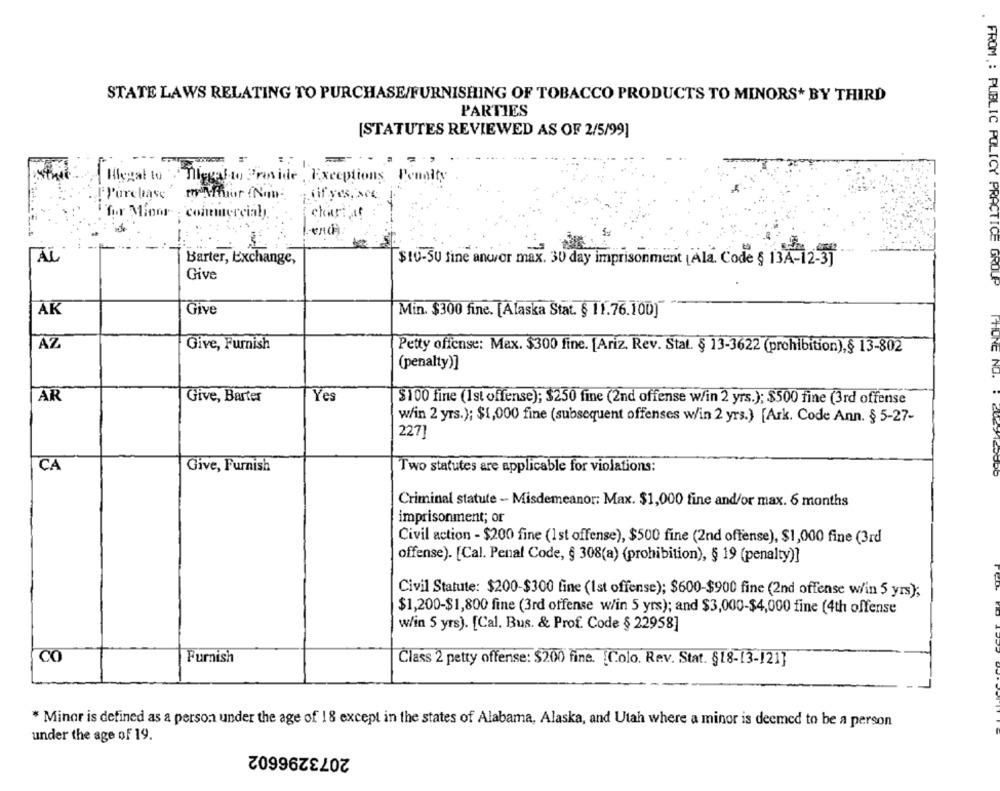
STATE LAWS RELATING TO PURCHASE/FURNISHING OF TOBACCO PRODUCTS TO MINORS* BY THIRD
PARTIES
[STATUTES REVIEWED AS OF 2/5/99]
Hlegal to Miggal to Provide , Exceptions Penalty
Purchase
for Minor ; commercialy
chartatt
AL
Barter, Exchange,
$10-50 fine ancor max. 30 day imprisonment [Ala. Code § 13A-12-3]
Give
FROM ,: PUBLIC POLICY PRACTICE GROUP
AK
Give
Min. $300 fine. [Alaska Stat. § 11.76.100]
AZ
Give, Furnish
Petty offense: Max. $300 fine. [Ariz. Rev. Stat. § 13-3622 (prohibition),§ 13-802
(penalty)]
ITIUNG NO.
Yes
AR
Give, Bartes
$100 fine (1st offense); $250 fine (2nd offense w/in 2 yrs.); $500 fine (3rd offense
w/in 2 yrs.); $1,000 fine (subsequent offenses w/in 2 yrs.) [Ark. Code Ann. § 5-27-
227]
CA
Give, Furnish
Two statutes are applicable for violations:
Criminal statute - Misdemeanor: Max. $1,000 fine and/or max. 6 months
imprisonment; or
Civil action - $200 fine (1st offense), $500 fine (2nd offense), $1,000 fine (3rd
offense). [Cal. Penal Code, § 308(a) (prohibition), § 19 (penalty)]
Civil Statute: $200-$300 fine (Ist offense); $600-$900 fine (2nd offense w/in 5 yrs);
$1,200-$1,800 fine (3rd offense w/in 5 yrs); and $3,000-$4,000 fine (4th offense
w/in 5 yrs). [Cal. Bus. & Prof. Code § 22958]
CO
Furnish
Class 2 petty offense: $200 fine. [Colo. Rev. Stat. §18-13-121]
* Minor is defined as a person under the age of 18 except in the states of Alabama, Alaska, and Utah where a minor is deemed to be a person
under the age of 19.
2073296602